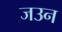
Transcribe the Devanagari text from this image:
जउन